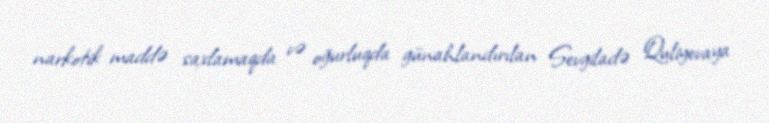
narkotik maddə saxlamaqda və oğurluqda günahlandırılan Sevgiladə Quliyevaya